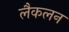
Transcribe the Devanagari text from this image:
लैकलन